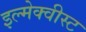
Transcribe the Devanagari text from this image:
इल्मेक्वीस्ट